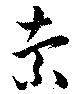
索